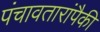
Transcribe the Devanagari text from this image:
पंचावतारांपैकी